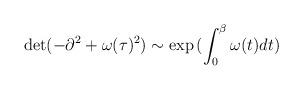
LaTeX: \begin{align*}\det(-\partial^2+\omega(\tau)^2) \sim \exp{( \int_{0}^{\beta} \omega(t) dt)}\end{align*}